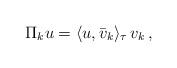
LaTeX: \begin{align*} \Pi_k u = \langle u, \bar{v}_k\rangle_\tau \, v_k\,,\end{align*}